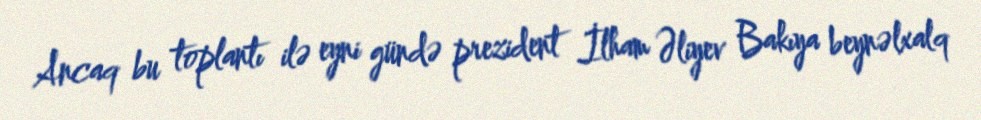
Ancaq bu toplantı ilə eyni gündə prezident İlham Əliyev Bakıya beynəlxalq